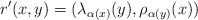
\begin{align*}r^{\prime}(x,y)=(\lambda_{\alpha(x)}(y),\rho_{ \alpha(y)} (x))\end{align*}